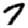
Digit: 7